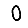
Digit: 0